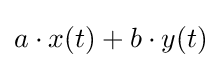
a\cdot x(t)+b\cdot y(t)